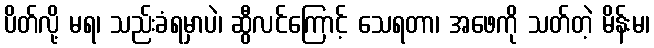
ပိတ်လို့ မရ၊ သည်းခံရမှာပဲ၊ ဆွီလင်ကြောင့် သေရတာ၊ အဖေကို သတ်တဲ့ မိန်းမ၊